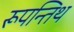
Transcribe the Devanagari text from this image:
रूपन्तिथ